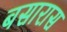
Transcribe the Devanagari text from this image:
बसारास